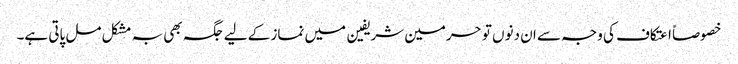
خصوصاً اعتکاف کی وجہ سے ان دنوں تو حرمین شریفین میں نماز کے لیے جگہ بھی بہ مشکل مل پاتی ہے۔